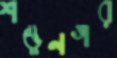
শম্ভুনগর